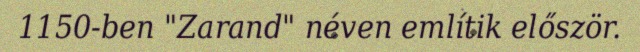
1150-ben "Zarand" néven említik először.